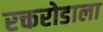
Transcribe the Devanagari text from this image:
रक्तरोडाला